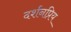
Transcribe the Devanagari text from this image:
दर्शनप्रिय